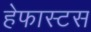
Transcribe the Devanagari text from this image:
हेफास्टस